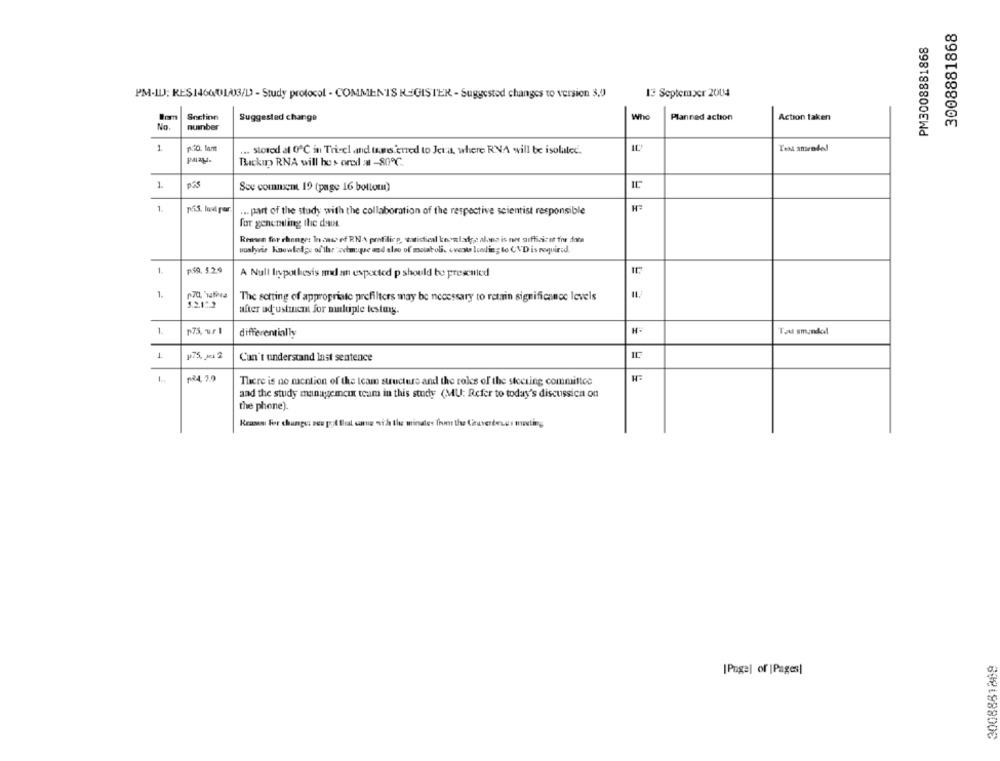
3008881868
PM3008881868
13 September 2004
PM-ILJ; RES1460013/D - Study protocol - COMMENTS REGISTER - Suggested changes to version 3,0
Snctinn
Who
Suggested change
Planned action
Action taken
No.
number
1
p.20, lamt
... stored at 0℃ in Tricel and tes enred to Jeta, where RNA will be isolated.
paray.
Backin RNA will he s ord al -80℃.
1
Sce comnin 19 (page 16 bottom)
1.
pás, laut per.
... part of the study with the collaboration of the respective scientist responsible
for generaling the dont
Rrawn for change: In case of RNA profiling, vidical knowlaks: aluno is not sufficient fre dara
woalyvis Knowledge of the 'avtm:que and also of metaboli. «vests leading to CVD is required.
1.
p59. 5.2.9
A Null Inpothesis and an expected p should be presented
1.
170, haffera
The setting of appropriate prefilters may be necessary to retain significance levels
5.2.12.2
after adjustment for multiple testmy.
1.
differentially
Tad smundod
1
Can't understand last sentence
IL
1 ..
124, 2.9
There is no nacntion of the team structure and the roles of the steering committee
and the study mangemcut team in this study (MU: Refer to today's discussion on
the phone).
Krases For chunger seu pod that came with the minutes from the Craverteng s muting
3008881889
[Page] of |Pages|